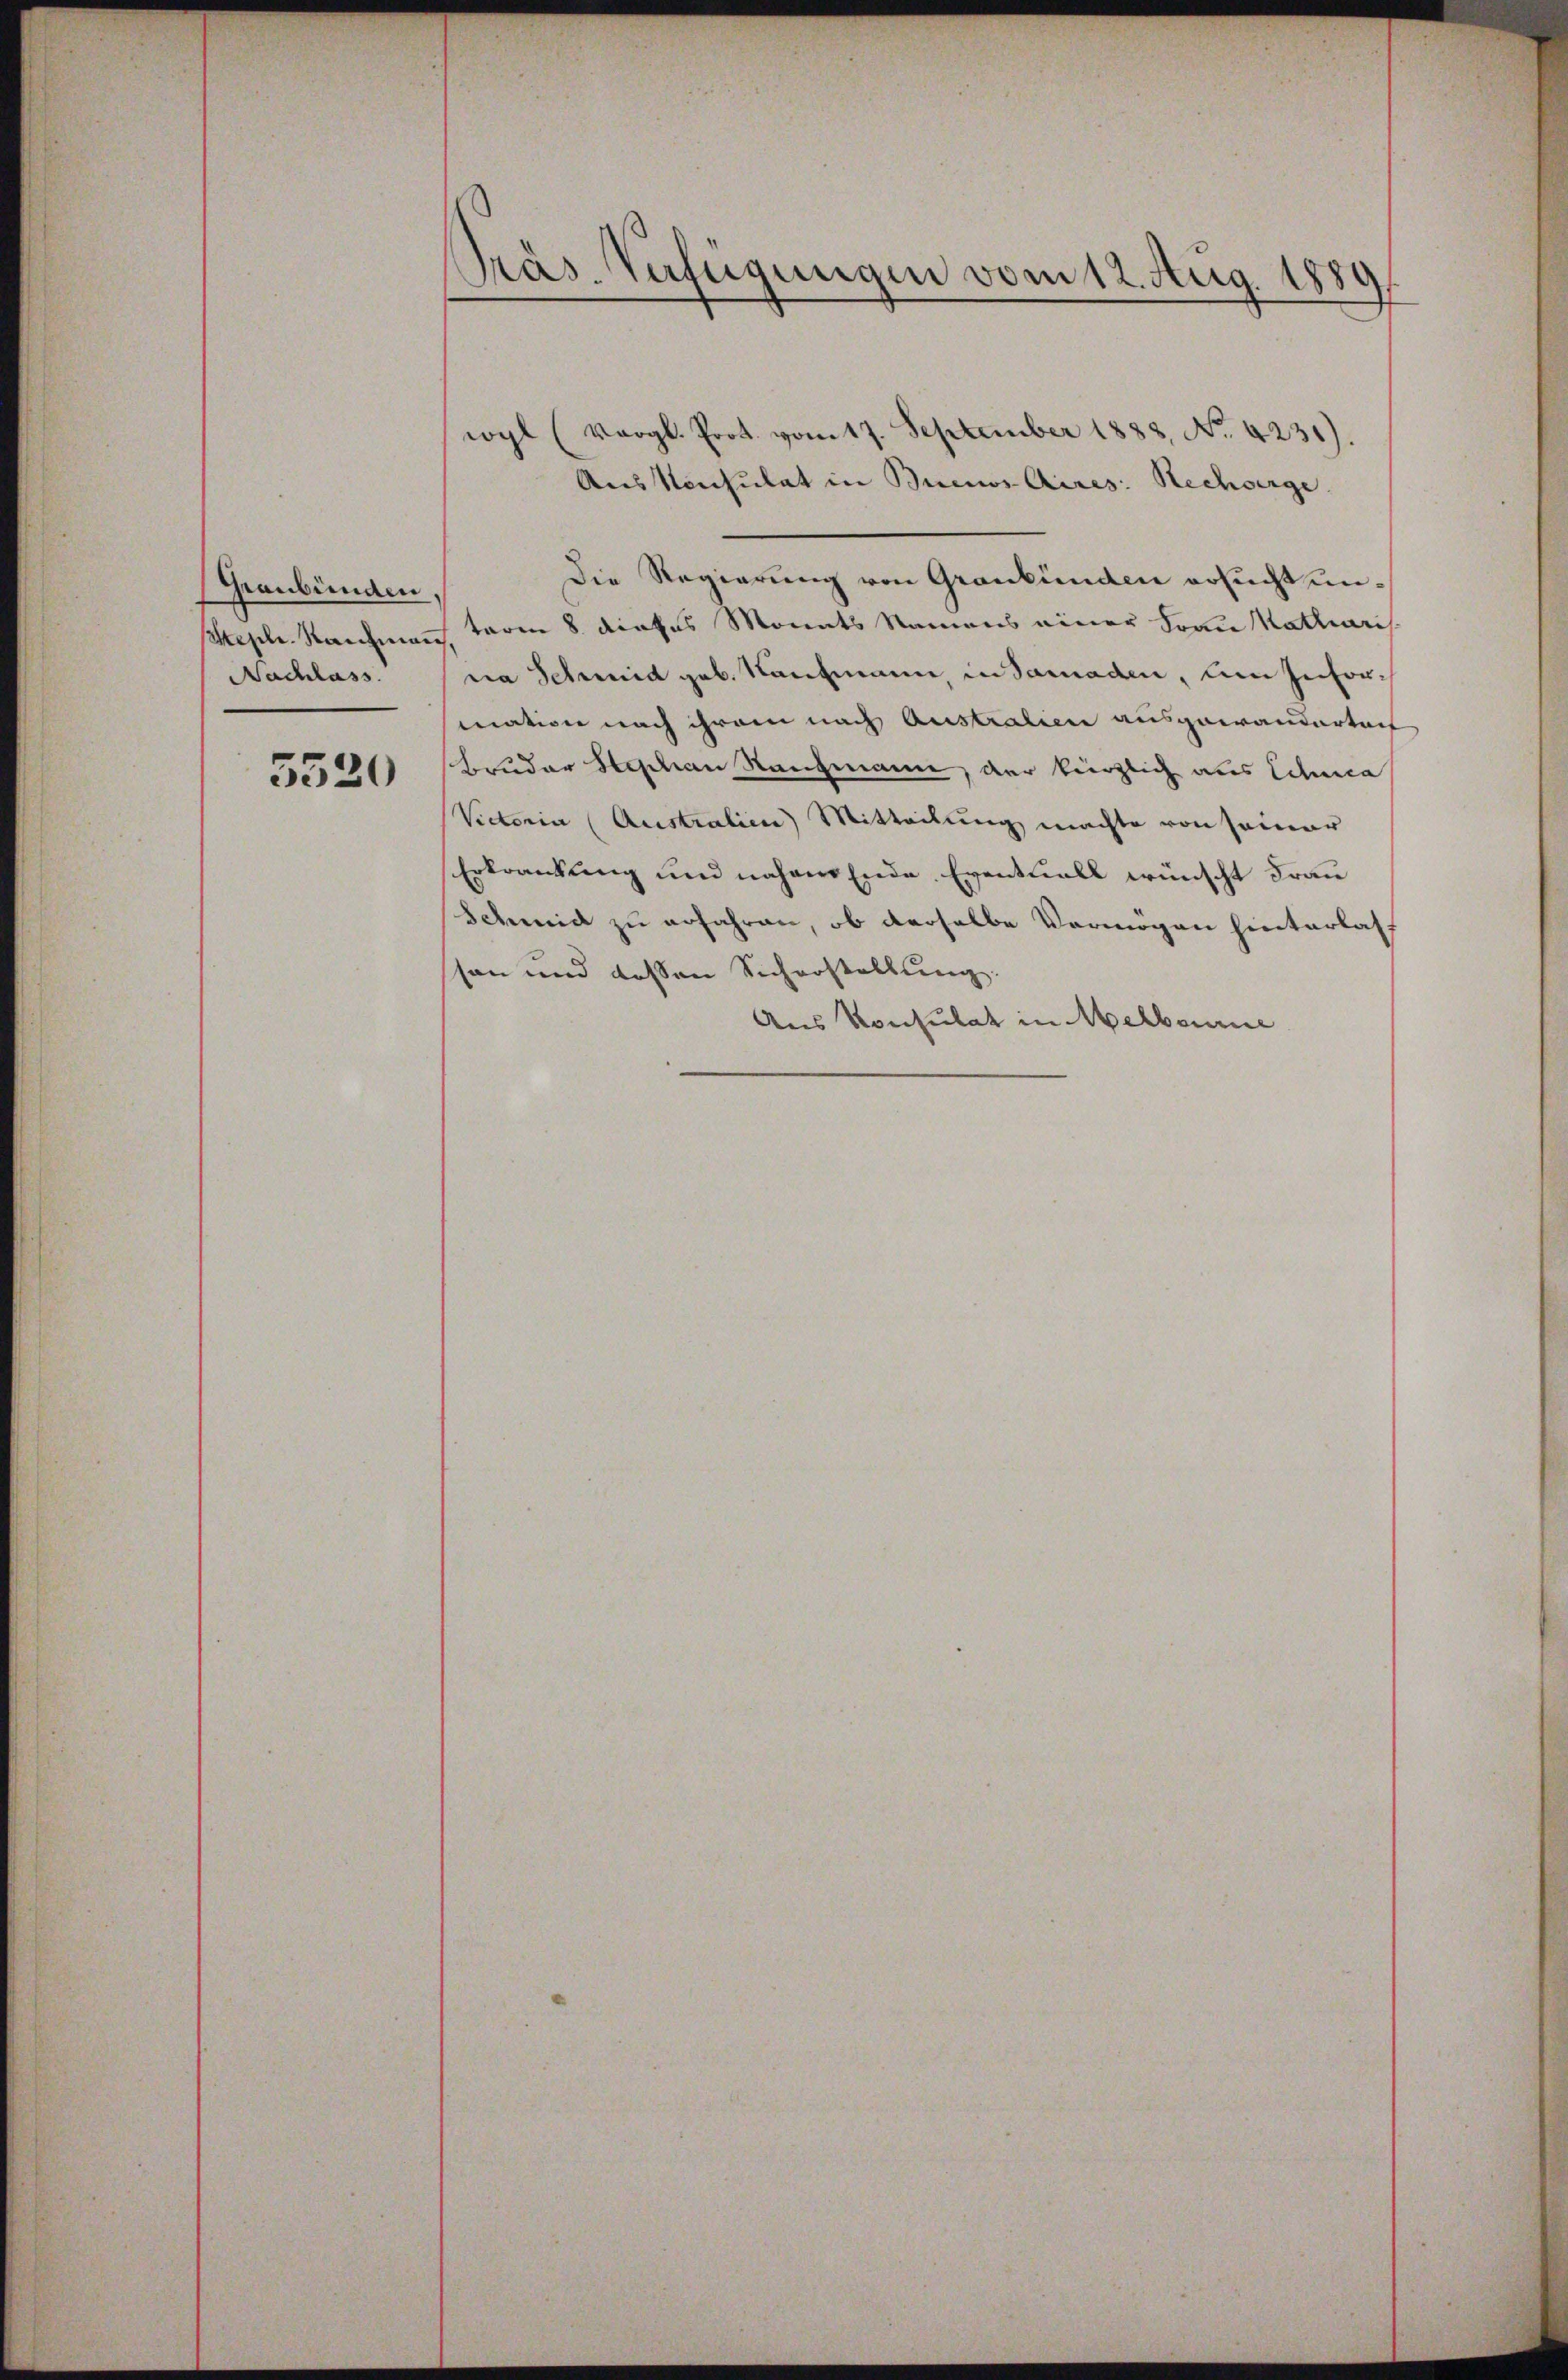
Graubünden,
Steph. Kantieran
Nachlass.

5520

Prás-Verfügungen vom 12. Aug. 1889.

wyl (Vergl. Prot. vom 17. September 1888, No. 4231).
Aus Konsulat in Buenos Aires. Rechberge
Die Regierung von Graubünden ersucht untoren 8. dieses Monats Namens einer Frau Kathari
na Schmid geb. Kaufmann in Samaden, ein Information nach ihrem nach Australien ausgewanderten
Bruder Sachen Rangmann, der kürzlich als Schuca
Victoria (Australien Mitteilung machte von seiner
Erkrankung und nahem Ende Eventuell wünscht Frau
Schmid zu erfahren, ob derselbe Vermögen hinterlasson und dessen Sicherstellung:
Aus Konsulat in Melbourne